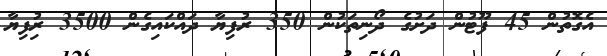
އެގޮތުން 45 ފޫޓުން ދަށުގެ ދޯނިތަކުން 350 ރުފިޔާ ދައްކައިގެން 3500 ރުިފިޔާ